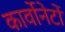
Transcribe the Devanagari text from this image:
कार्वोनेटों